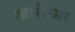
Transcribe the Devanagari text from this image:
खारीच्या